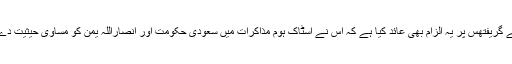
سعودی اور اماراتی حکام نے گریفتھس پر یہ الزام بھی عائد کیا ہے کہ اس نے اسٹاک ہوم مذاکرات میں سعودی حکومت اور انصاراللہ یمن کو مساوی حیثیت دے کر ان سے زیادتی کی ہے۔